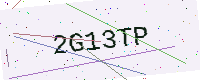
Text: 2G13TP